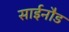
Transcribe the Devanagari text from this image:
साईनौड